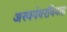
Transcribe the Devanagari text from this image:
अस्वयंवरविवाह